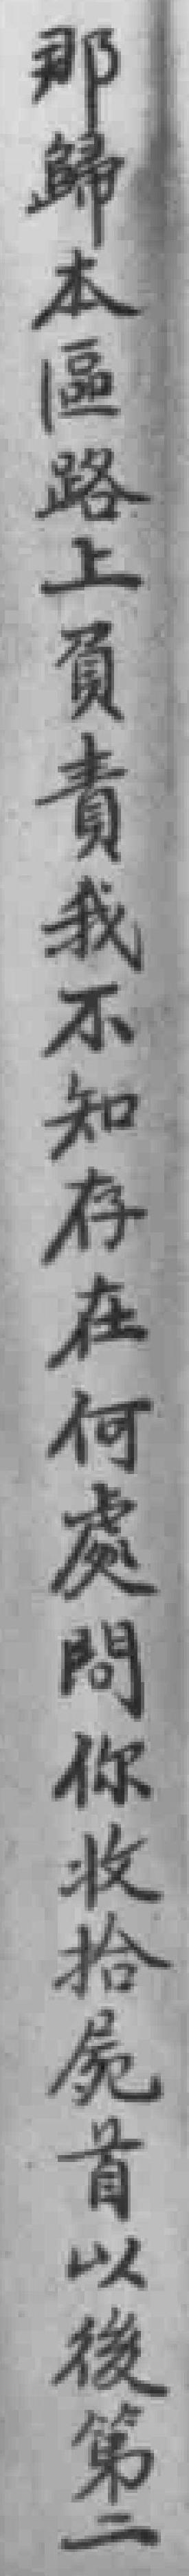
那歸本區路上員責我不知存在何處問你收拾屍首以後第二